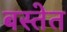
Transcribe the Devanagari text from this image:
बस्तेत